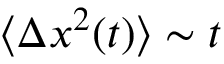
\langle \Delta x ^ { 2 } ( t ) \rangle \sim t